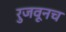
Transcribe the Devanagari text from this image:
रुजवूनच